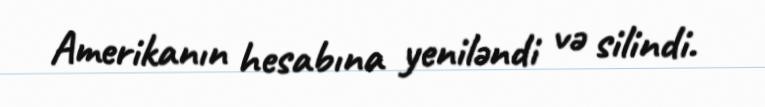
Amerikanın hesabına yeniləndi və silindi.